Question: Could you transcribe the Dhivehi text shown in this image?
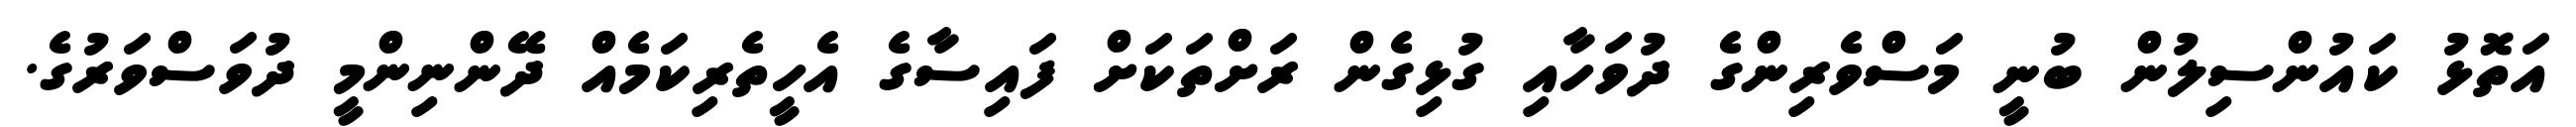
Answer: އަތޮޅު ކައުންސިލުން ބުނީ މަސްވެރިންގެ ދުވަހާއި ގުޅިގެން ރަށްތަކަށް ފައިސާގެ އެހީތެރިކަމެއް ދޭންނިންމީ ދުވަސްވަރުގެ.